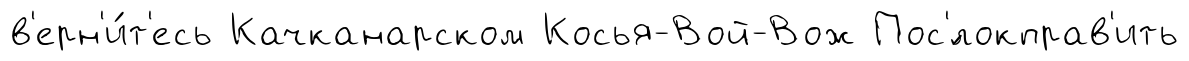
в'ерн'и́т'есь Качканарском Косья-Вой-Вож Пос'́локправ'ить